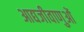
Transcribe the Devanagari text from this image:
आद्यजीवाणुओं